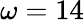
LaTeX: \omega=14